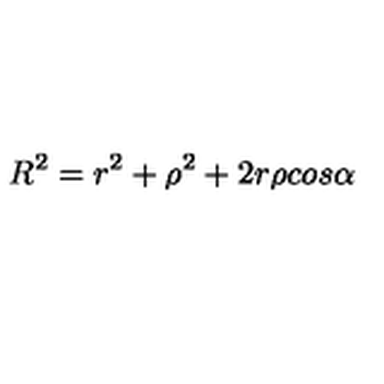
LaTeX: R ^ { 2 } = r ^ { 2 } + \rho ^ { 2 } + 2 r \rho c o s \alpha